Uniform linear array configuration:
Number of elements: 48
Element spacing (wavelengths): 0.25
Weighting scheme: blackman
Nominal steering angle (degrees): -15
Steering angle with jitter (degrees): -15.301
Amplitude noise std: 0.05
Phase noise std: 0.05

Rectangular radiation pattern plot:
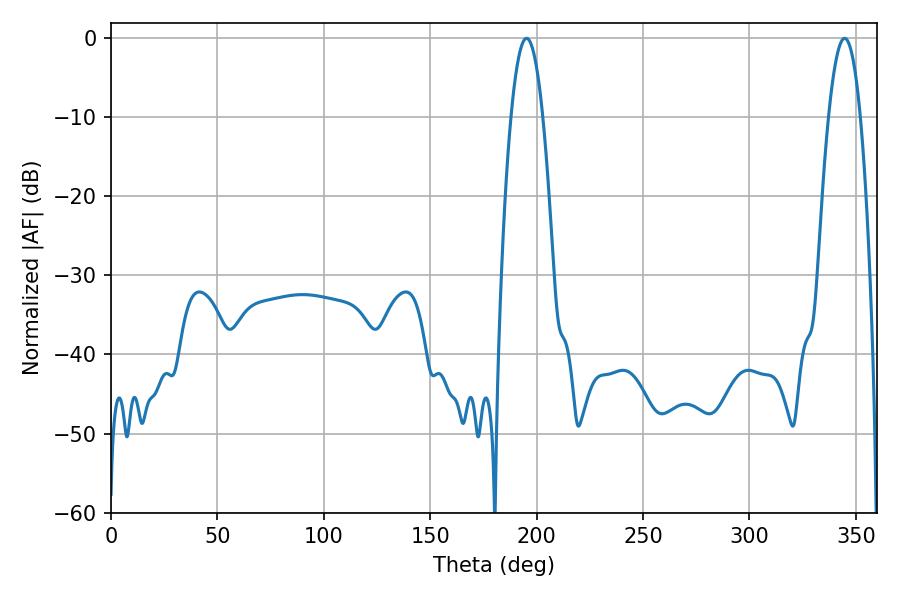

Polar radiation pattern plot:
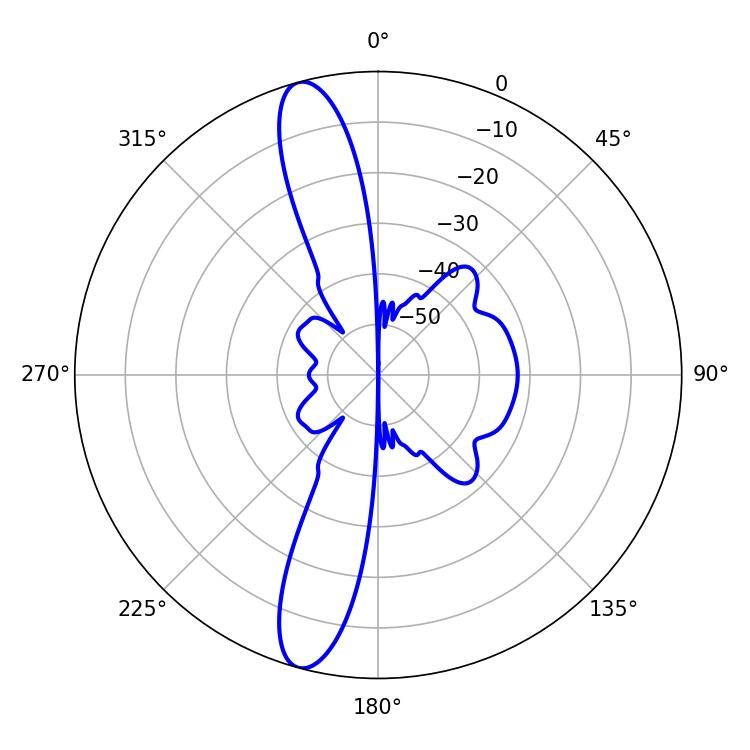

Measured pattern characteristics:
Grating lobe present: FALSE
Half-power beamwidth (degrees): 8.28
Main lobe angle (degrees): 195.3